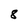
Character: 8